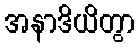
အနာဒိယိတွာ